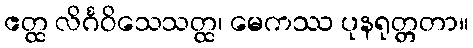
ဧတ္ထ လိင်္ဂဝိသေသတ္ထ၊ မေကဿ ပုနရုတ္တတာ။